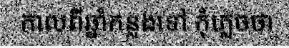
កាលពីឆ្នាំកន្លងទៅ កុំភ្លេចថា